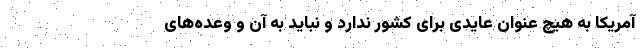
آمریکا به هیچ عنوان عایدی برای کشور ندارد و نباید به آن و وعده‌های